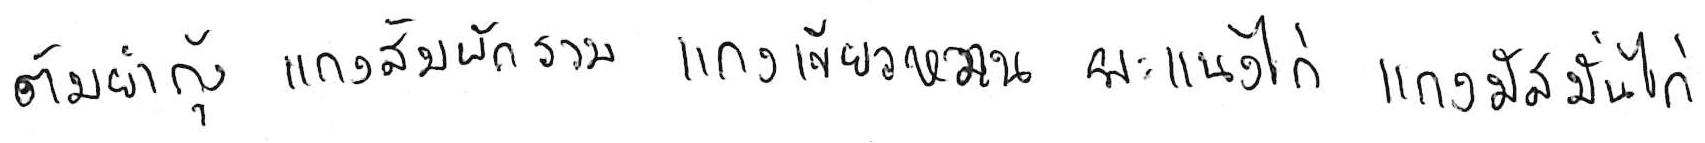
ต้มยำกุ้ง แกงส้มผักรวม แกงเขียวหวาน พะแนงไก่ แกงมัสมั่นไก่